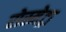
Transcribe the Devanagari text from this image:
रोस्मेट्रा